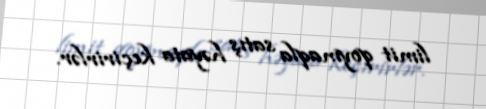
limit qoymaqla satış həyata keçirirlər.